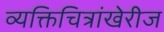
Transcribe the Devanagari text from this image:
व्यक्तिचित्रांखेरीज